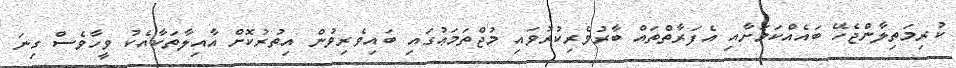
ކުރިމަތިލާންޖެހޭ ބައެއްކަމަށާއި އެފަރާތްތައް ބާރުވެރިކުރުވައި މުޖްތަމަޢުގައި ބައިވެރިވުން އިތުރުކޮށް އާއިލާތަކާއެކު ވީހާވެސް ގިނަ